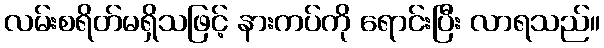
လမ်းစရိတ်မရှိသဖြင့် နားကပ်ကို ရောင်းပြီး လာရသည်။